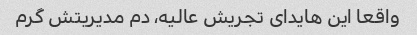
واقعا این هایدای تجریش عالیه، دم مدیریتش گرم